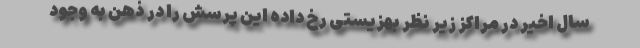
سال اخیر در مراکز زیر نظر بهزیستی رخ داده این پرسش را در ذهن به وجود